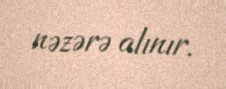
nəzərə alınır.